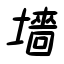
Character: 墻